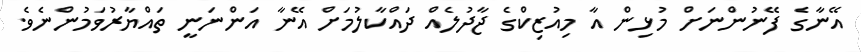
އޭނާގެ ފޭނުންނަށް މުޅިން އާ މިއުޒިކްގެ ޖާދުލެއް ދައްކާލުމަށް އޭނާ އަންނަނީ ތައްޔާރުވަމުންނެވެ.